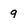
Character: 9